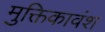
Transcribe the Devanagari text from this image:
मुक्तिकावंश